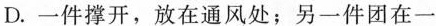
D.一件撑开，放在通风处；另一件团在一